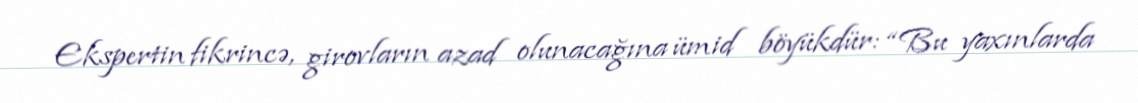
Ekspertin fikrincə, girovların azad olunacağına ümid böyükdür: “Bu yaxınlarda